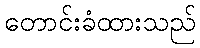
တောင်းခံထားသည်